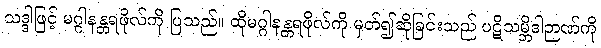
သဒ္ဒါဖြင့် မဂ္ဂါနန္တရဖိုလ်ကို ပြသည်။ ထိုမဂ္ဂါနန္တရဖိုလ်ကို မှတ်၍ဆိုခြင်းသည် ပဋိသမ္ဘိဒါဉာဏ်ကို